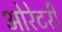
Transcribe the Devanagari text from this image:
ओरेटरी